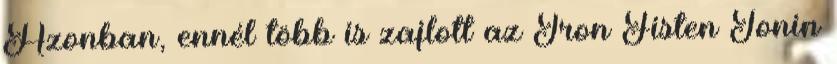
Azonban, ennél több is zajlott az Iron Fisten Tonin